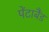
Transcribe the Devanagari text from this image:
पेंटाबैंड